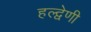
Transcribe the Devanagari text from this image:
हल्द्वेणी